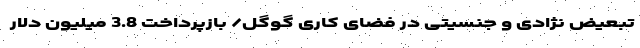
تبعیض نژادی و جنسیتی در فضای کاری گوگل/ بازپرداخت 3.8 میلیون دلار